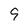
Character: 9